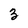
Character: 3